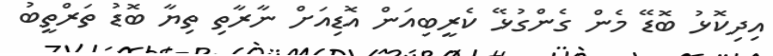
އިދިކޮޅު ބޮޑޭ މެން ގެންގުޅޭ ކެރީބިއަން އޮޑިއަށް ނާރާތި ތިޔާ ބޮޑު ތަރްތީބު